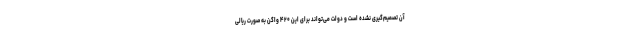
آن تصمیم‌گیری نشده است و دولت می‌تواند برای این ۴۲۰ واگن به صورت ریالی